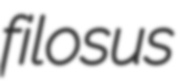
filosus